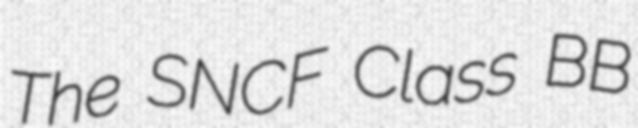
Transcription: The SNCF Class BB